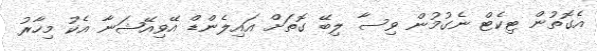
އެގޮތުން ޓިކެޓް ނެގުމުން ވިސާ ލިބޭ ގޮތަށް އައިލެންޑް އޭވިއޭޝަނާ އެކު މިހާރު